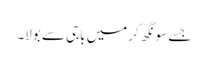
جسے سونگھ کر میں باجی سے بولا۔